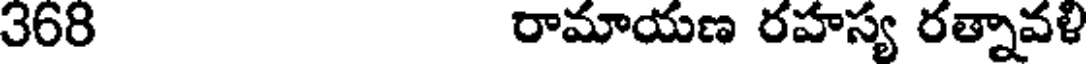
368 రామాయణ రహస్య రత్నావళి